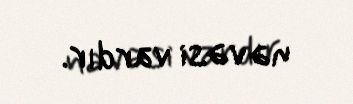
nəvəsi vardır.